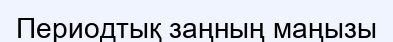
Периодтық заңның маңызы